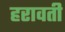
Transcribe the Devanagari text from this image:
हरावती